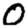
Digit: 0